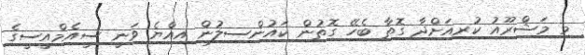
މި މަޝްރޫއު ކުރިއަށްދާ ގޮތާ ބެހޭ ގޮތުން ކައުންސިލުން އިއްޔެ ވަނީ ސީއެމްއީސީގެ